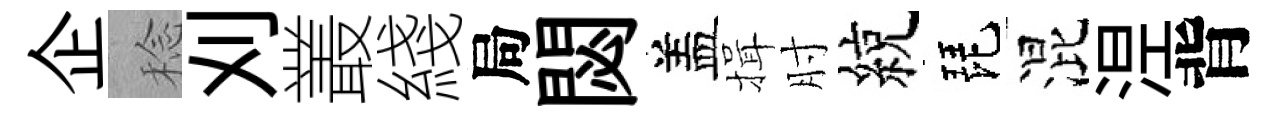
企稔刈叢綫局閟盖揖肘綂琵混𣵀背